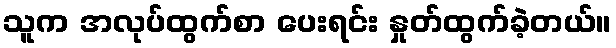
သူက အလုပ်ထွက်စာ ပေးရင်း နှုတ်ထွက်ခဲ့တယ်။